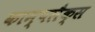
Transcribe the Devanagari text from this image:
काम्पलैक्स